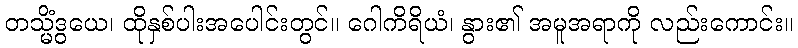
တသ္မိံဒွယေ၊ ထိုနှစ်ပါးအပေါင်းတွင်။ ဂေါကိရိယံ၊ နွား၏ အမူအရာကို လည်းကောင်း။